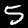
Label: 5